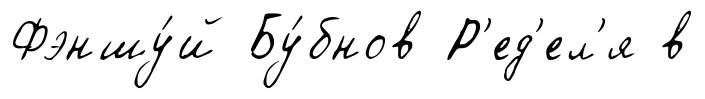
Фэншу́й Бу́бнов Р'ед'ел'я в